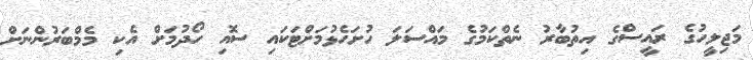
މަޖިލީހުގެ ރައީސްގެ އިތުބާރު ނެތްކަމުގެ މައްސަލަ ހުށަހެޅުމަށްޓަކައި ސޮއި ހޯދުމަށް އެކި މެމްބަރުންނަށް